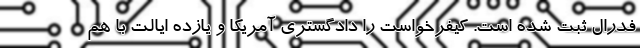
فدرال ثبت شده است. کیفرخواست را دادگستری آمریکا و یازده ایالت با هم